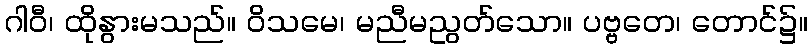
ဂါဝီ၊ ထိုနွားမသည်။ ဝိသမေ၊ မညီမညွတ်သော။ ပဗ္ဗတေ၊ တောင်၌။